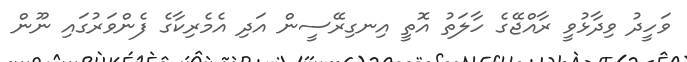
ވަހީދު ވިދާޅުވީ ރާއްޖޭގެ ހާލަތު އޮތީ އިނގިރޭސީން އަދި އެމެރިކާގެ ފެންވަރުގައި ނޫން